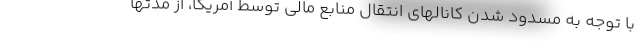
با توجه به مسدود شدن کانالهای انتقال منابع مالی توسط آمریکا، از مدتها